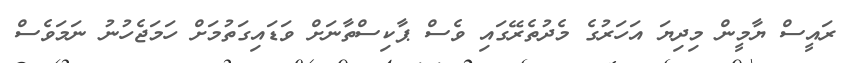
ރައީސް ޔާމީން މިދިޔަ އަހަރުގެ މެދުތެރޭގައި ވެސް ޕާކިސްތާނަށް ވަޑައިގަތުމަށް ހަމަޖެހުނު ނަމަވެސް